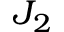
J _ { 2 }